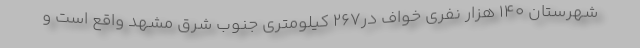
شهرستان ۱۴۰ هزار نفری خواف در۲۶۷ کیلومتری جنوب شرق مشهد واقع است و